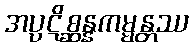
အပ္ပဋိစ္ဆန္နကမ္မန္တဿ